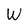
Character: W